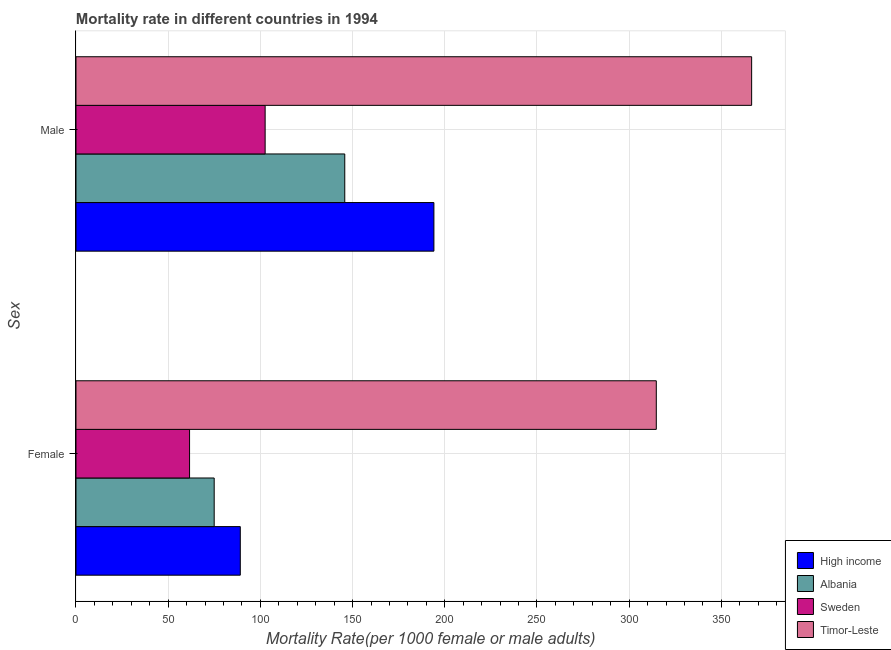
| Sex | High income | Albania | Sweden | Timor-Leste |
 | --- | --- | --- | --- | --- |
 | Female | 89.1 | 75 | 61.6 | 315 |
 | Male | 194 | 146 | 103 | 366 |